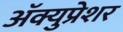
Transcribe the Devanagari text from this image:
अॅक्युप्रेशर